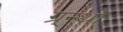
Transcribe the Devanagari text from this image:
ग्र्न्थो